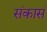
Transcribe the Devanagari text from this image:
संकासं